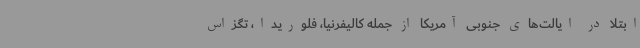
ابتلا در ایالت‌های جنوبی آمریکا از جمله کالیفرنیا، فلوریدا، تگزاس